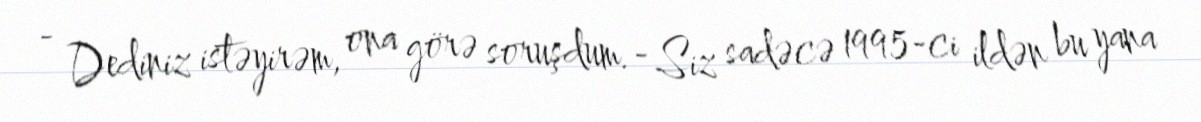
- Dediniz istəyirəm, ona görə soruşdum.- Siz sadəcə 1995-ci ildən bu yana